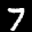
Label: 7